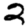
Digit: 2